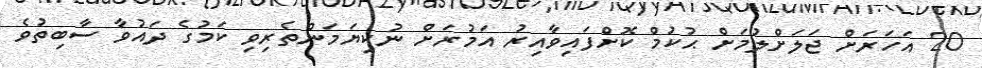
20 އަހަރަށް ޖަލަށްލުމަށް ޙުކުމް ކޮށްފައިވާއިރު އަމުރަށް ނުކިޔަމަންތެރިވި ކަމުގެ ދައުވާ ސާބިތުވެ